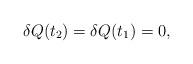
LaTeX: \begin{align*}\delta Q(t_{2})=\delta Q(t_{1})=0,\end{align*}